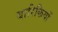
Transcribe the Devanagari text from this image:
बारिकियों